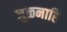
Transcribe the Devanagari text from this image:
जुळनारि